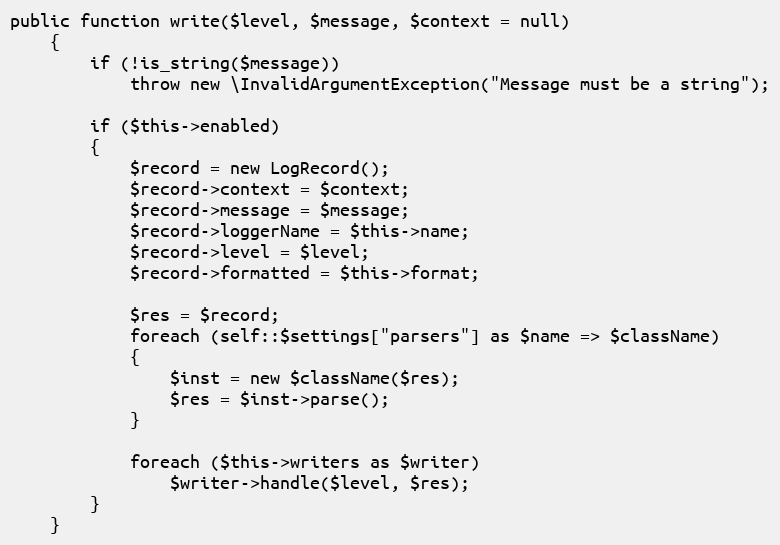
Language: PHP
public function write($level, $message, $context = null)
	{
		if (!is_string($message))
			throw new \InvalidArgumentException("Message must be a string");

		if ($this->enabled)
		{
			$record = new LogRecord();
			$record->context = $context;
			$record->message = $message;
			$record->loggerName = $this->name;
			$record->level = $level;
			$record->formatted = $this->format;

			$res = $record;
			foreach (self::$settings["parsers"] as $name => $className)
			{
				$inst = new $className($res);
				$res = $inst->parse();
			}

			foreach ($this->writers as $writer)
				$writer->handle($level, $res);
		}
	}